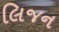
લિજન